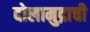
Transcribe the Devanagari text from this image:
दोलामुद्राची